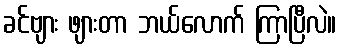
ခင်ဗျား ဖျားတာ ဘယ်လောက် ကြာပြီလဲ။